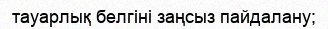
тауарлық белгіні заңсыз пайдалану;